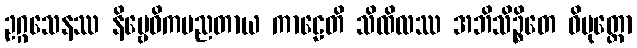
ဥဂ္ဂသေနဿ နိဗ္ဗေဓိကပညတာယ ကာဠေတိ သိထိလဿ အဘိသိဉ္စိတေ ဝိမုတ္တော